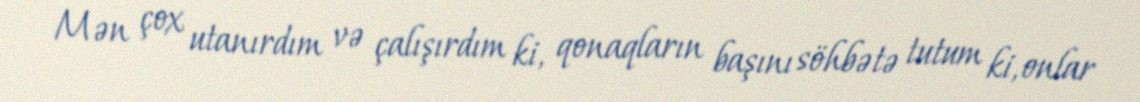
Mən çox utanırdım və çalışırdım ki, qonaqların başını söhbətə tutum ki, onlar